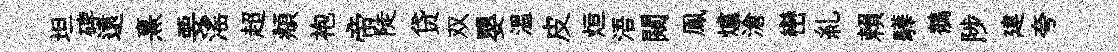
坦碑遠熹要滛超頫袍帝陡贷双嬰溫皮烜浯闚鳯爐滄巒糺賴驊鶺陟建夸